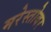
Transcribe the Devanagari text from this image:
मरेस्तोवर